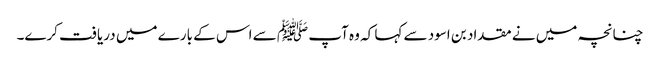
چنانچہ میں نے مقداد بن اسود سے کہا کہ وہ آپ ﷺ سے اس کے بارے میں دریافت کرے۔